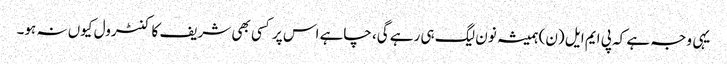
یہی وجہ ہے کہ پی ایم ایل (ن) ہمیشہ نون لیگ ہی رہے گی، چاہے اس پر کسی بھی شریف کا کنٹرول کیوں نہ ہو۔